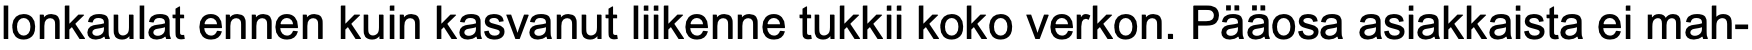
lonkaulat ennen kuin kasvanut liikenne tukkii koko verkon. Pääosa asiakkaista ei mah-